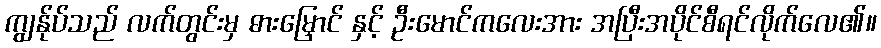
ကျွန်ုပ်သည် လက်တွင်းမှ ဓားမြှောင် နှင့် ဦးမောင်ကလေးအား အပြီးအပိုင်စီရင်လိုက်လေ၏။